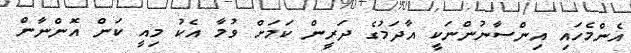
އެންމެހައި އިންސާނުންނަކީ އާދަމުގެ ދަރީން ކަމަށް ވުމާ އެކު މިއީ ކަން އޮންނާން